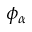
\phi _ { \alpha }